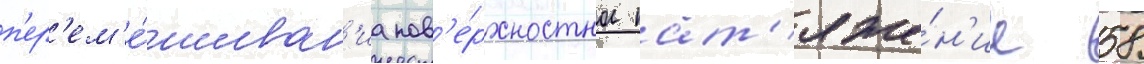
п'ер'ем'е́шиван'иа пов'е́рхностное нат'яже́н'ие 58